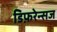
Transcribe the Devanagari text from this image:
डिफ़रेन्सज